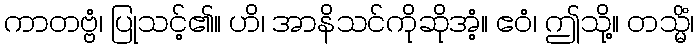
ကာတဗ္ဗံ၊ ပြုသင့်၏။ ဟိ၊ အာနိသင်ကိုဆိုအံ့။ ဧဝံ၊ ဤသို့။ တသ္မိံ၊